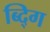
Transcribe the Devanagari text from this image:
ब्द्गि